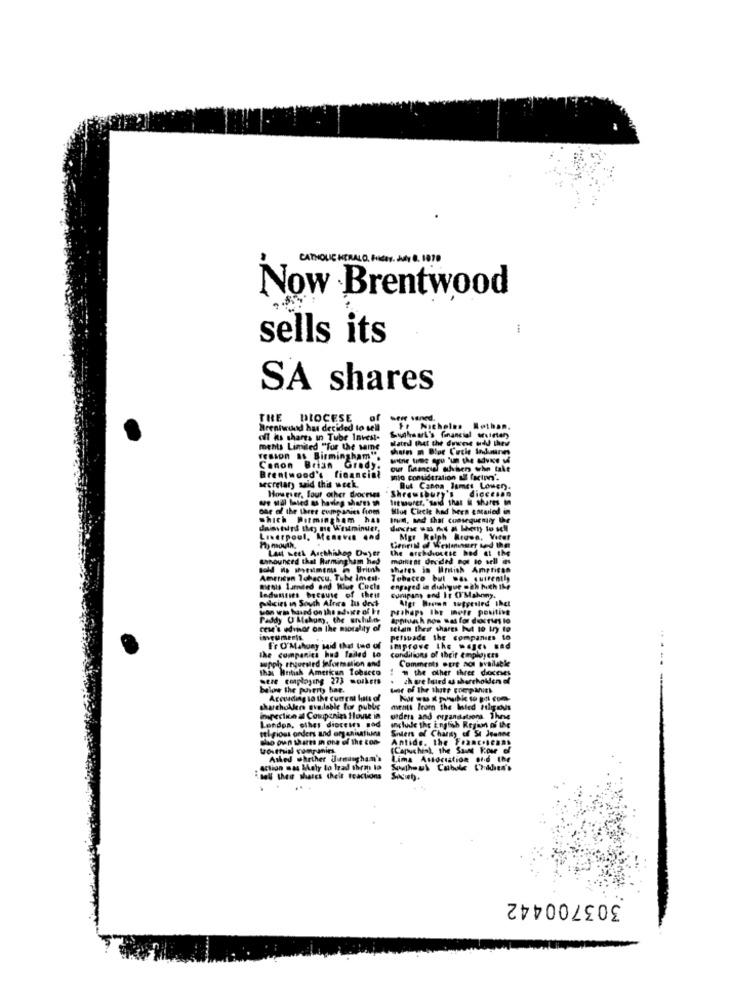
CARNQUE HERALD PRISES.
Now Brentwood
sells its
SA shares
THE
DIOCESE
Brentwund has decided to sell
Fr Nicholas Rethan.
off is shares in Tube Invest-
gates that the duwest Hdd thev
Sunhaut's financial wulften
ments Limited "for the saine
Tesson as Birmingham".
witnie tune agu 'un the advice sd
Canon
Brentwood's financial
Brian Grady.
our financial aufvisery wohn take
secretary said this week.
However, Tout other doceses
But Canna Jamet Louen.
diceesas
Mitsurer, "said that il shares in
Shrewsbury'S
one of the three companies from
which Purmingham han
Hun, and that consequently the
dainvturs they ge Westminuer,
Lowerpoul, Meneven and
Mgr Rolph Brown, Veter
My mouth.
Last week Arcthishop Duyer
the archdiocese had at the
Lebounced that Harmingham hed
monlit at decided not to sell its
shares in Mntish American
American Tobaccu, Tube Imes-
Tobacco but Das quirentiy
metla lumiled and Wiue Cucle
engaged in dialogue och hich Ihe
Picie in South Africa Iu dest
ladunties because of theit
Cunipans end If (I'Mahony.
Algr Heden suggested thet
prahaps Ihr mete pouting
Paddy U Mehum, the urhild
Appluash nos wat for dosties lo
cew's eThor on the msotality of
selan their shares but to try to
petsbade the companies to
F'r O'Mahuny said that ted of
improve the magra sad
wupph thegriled Weformation and
The companies hud failed to
Conditions of their employees
Comments were not available
that Heitish American Tobacco
: # the other three dioceses
sere employing 273 morkets
ch ure lated as shorchokden of
below the poverty hae.
war of the ther com
Accuding to the current lists of
shareholders available for public
ments lear the hated Htles
impertin a Companies House in
uders and organistsons These
London, othes dioceirs sad
seigious orders and organisations
include the English Regain of the
Snlers of Charty off St Joanne
dio oun wart in one of the Lon-
Antide, the F *** C.Beans
touthial rumpanin
(Capuchint, the Saint Rose of
Asked whether dumaugham's
Lima Association of.6 the
Action mas Mely to lead them to
Boll thee shares theit fractions
303700442